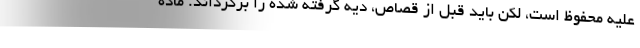
علیه محفوظ است، لکن باید قبل از قصاص، دیه گرفته شده را برگرداند. ماده